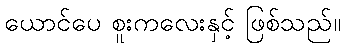
ယောင်ပေ စူးကလေးနှင့် ဖြစ်သည်။